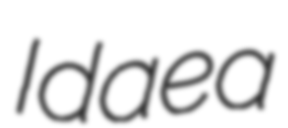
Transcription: Idaea